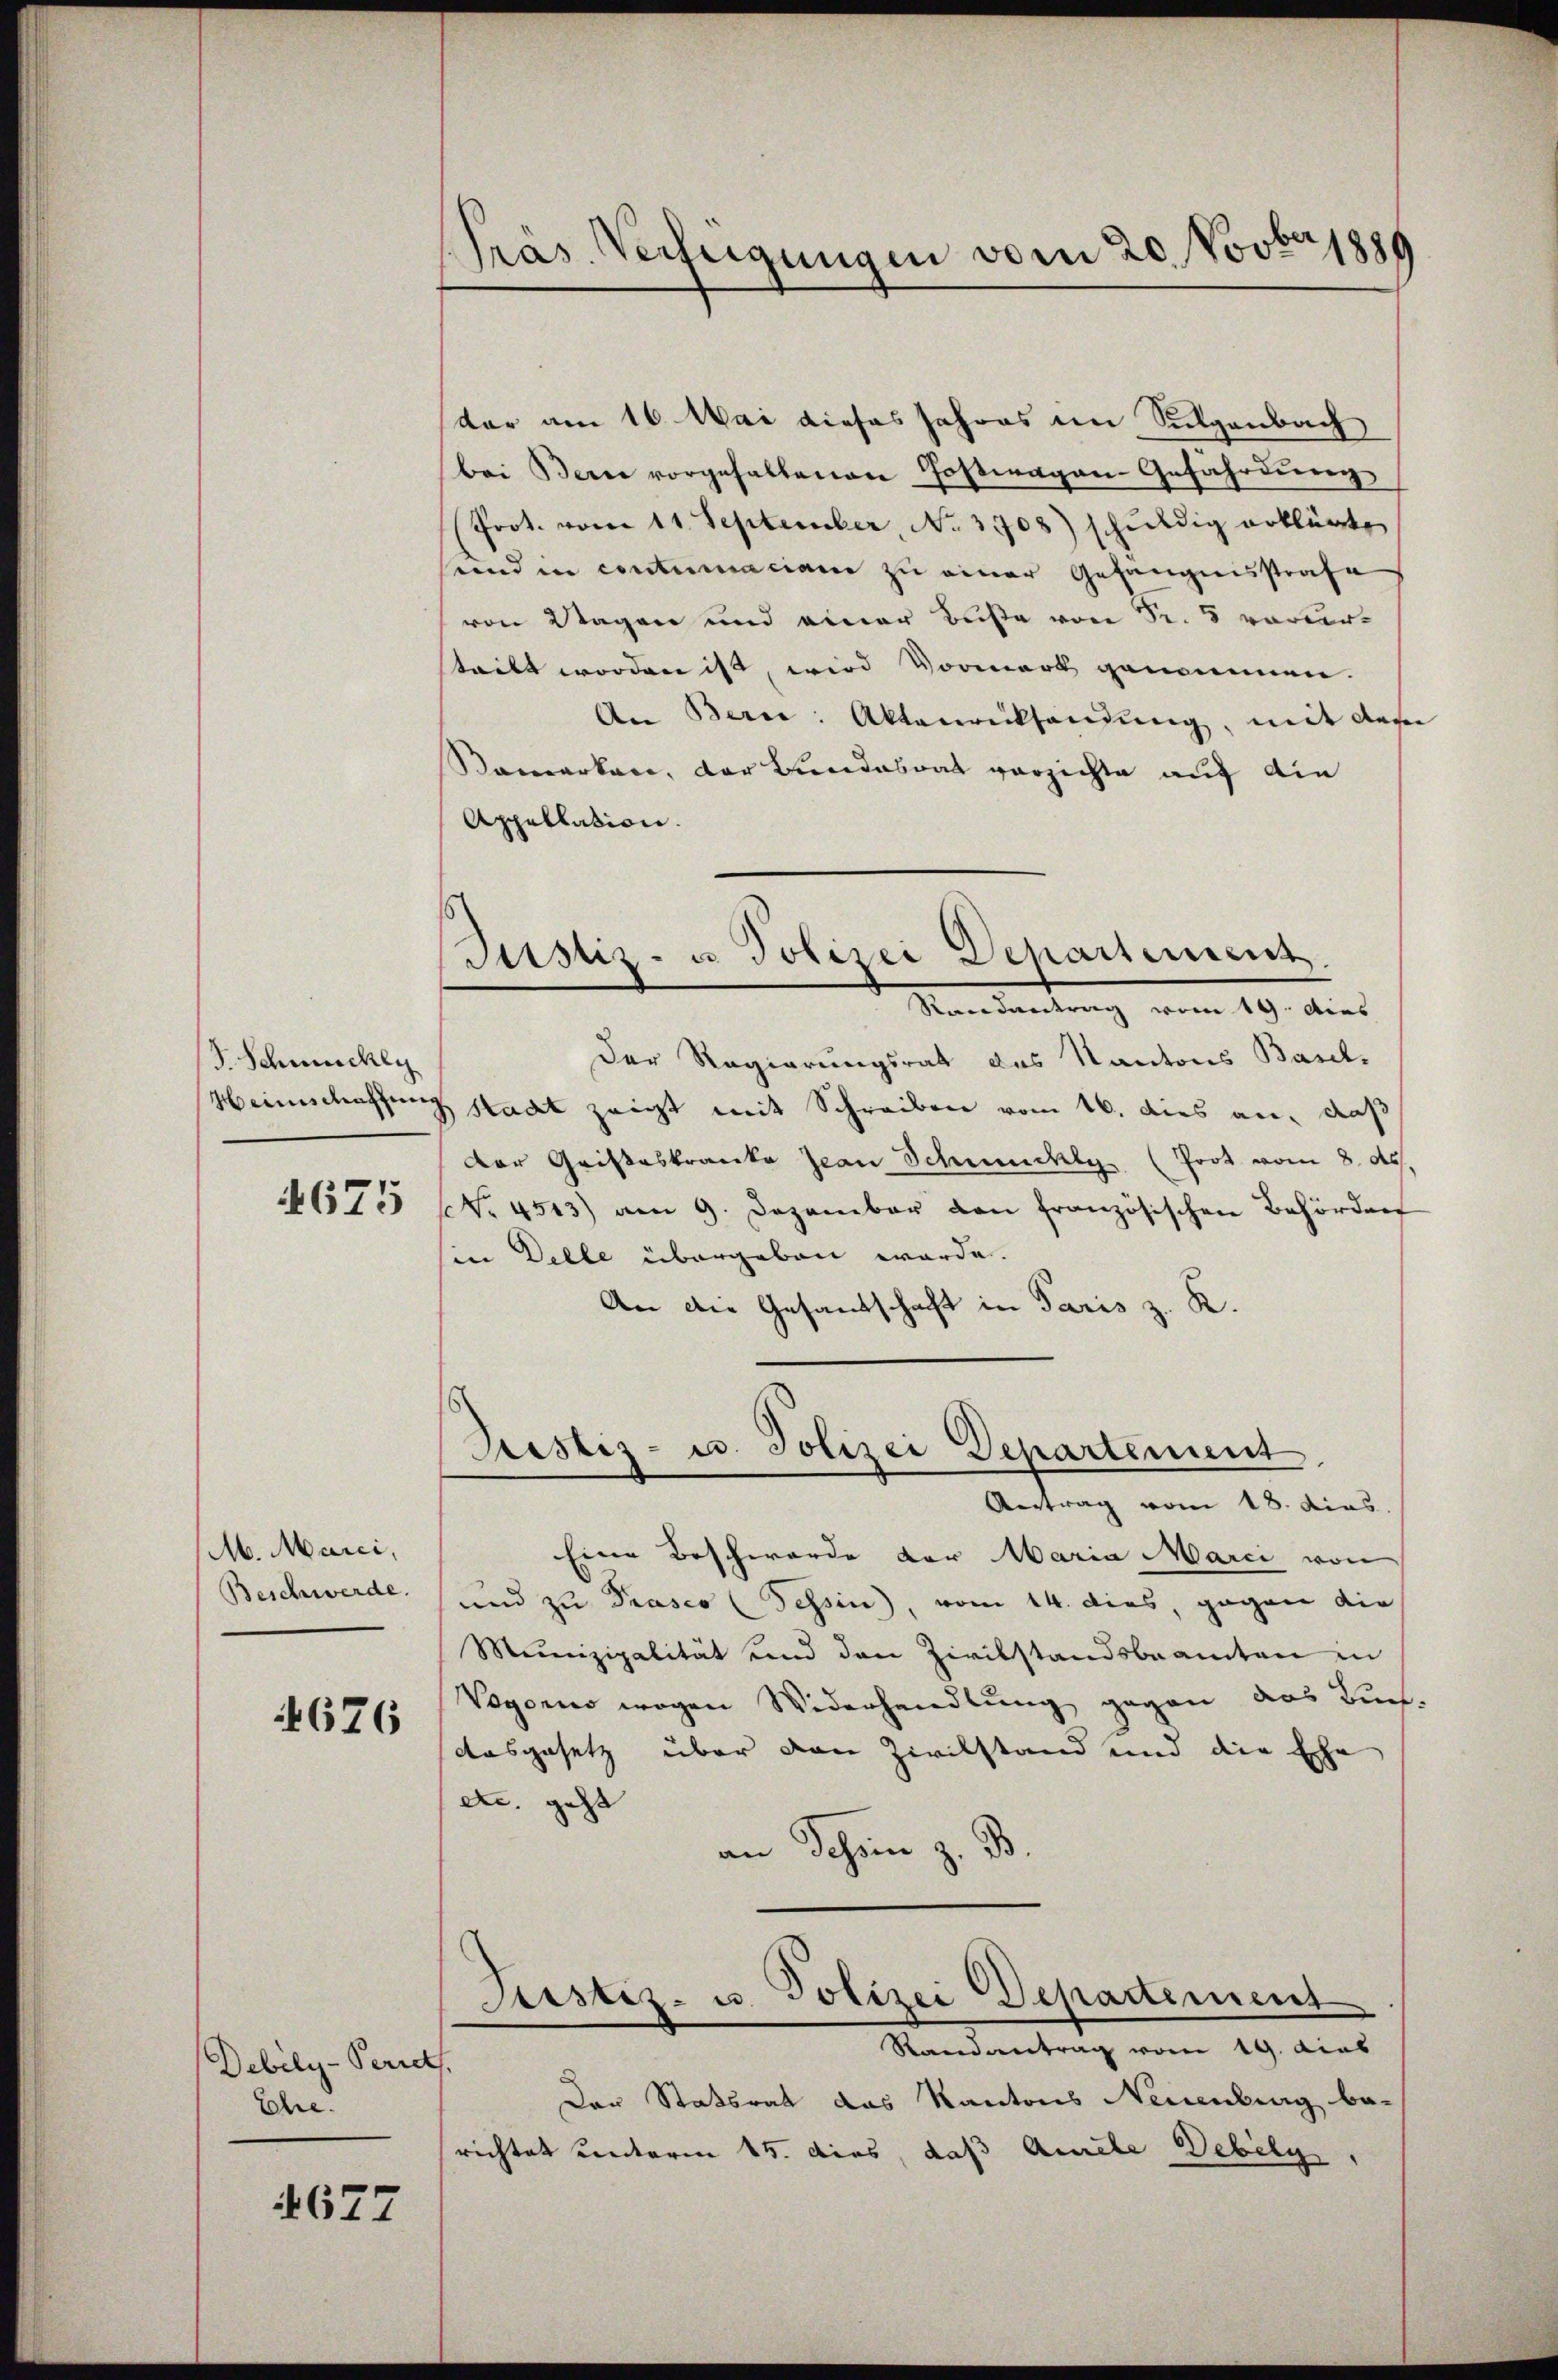
J. Schmuckly
Heinschatzung

M. Marci,
Beschwerde.

676

Debely-Perichs.
Ehe.

4677

Präs. Verfügungen vom 20. Novbr 1889

kar am 16. Mai dieses Jahres im Sulgenbach
bei Bern vorgehaltenen Postwagen Gefährdung
(Prot. vom 11. September, No. 3708) schuldig erklärte
und in contumaciam zu einer Gefängnisstrafe
von Wagen und einer Buße von Fr. 5 vorvertritt worden ist, wird Vormerk genommen.
An Berne: Aktenrücksendung, mit des
Samarken, der Bundesrat verzichte auf die
Appellation.
Randantrag vom 19. dies
Der Regierungsrat des Kantons Baul.
Stadt zeigt mit Schreiben vom 16. dies an, daß
Der Gristeskranke Jean Schmeichly (Poot vom 8. d.
673 (Nr. 4513) am 9. Dezember von französischen Behörden
hin Delle übergeben werde.
An die Gesandschaft in Paris z. K.
Sistiz- u. Polizei Departement
Autrag vom 18. dies
Eine Beschwerde der Maria Marci von
und zu Prasco (Tessin, vom 14. dies, gegen die
Munizipalität und den Zivilstandsbeamten in
Vogonis wegen Widerhandlung gegen das Buch-
Ausgesetz über den Zivilstand und die Ehe
etc. geht
an Schein z. B.
Justiz- u. Polizei Departement
Randantrag vom 19. dies
Der Statsrat das Kantons Neuenburg be-
richtet unterm 15. dies, daß Amele Debilg

Justiz- u. Polizei Departement.